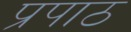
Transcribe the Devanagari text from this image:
प्रपाठ